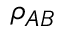
\rho _ { A B }